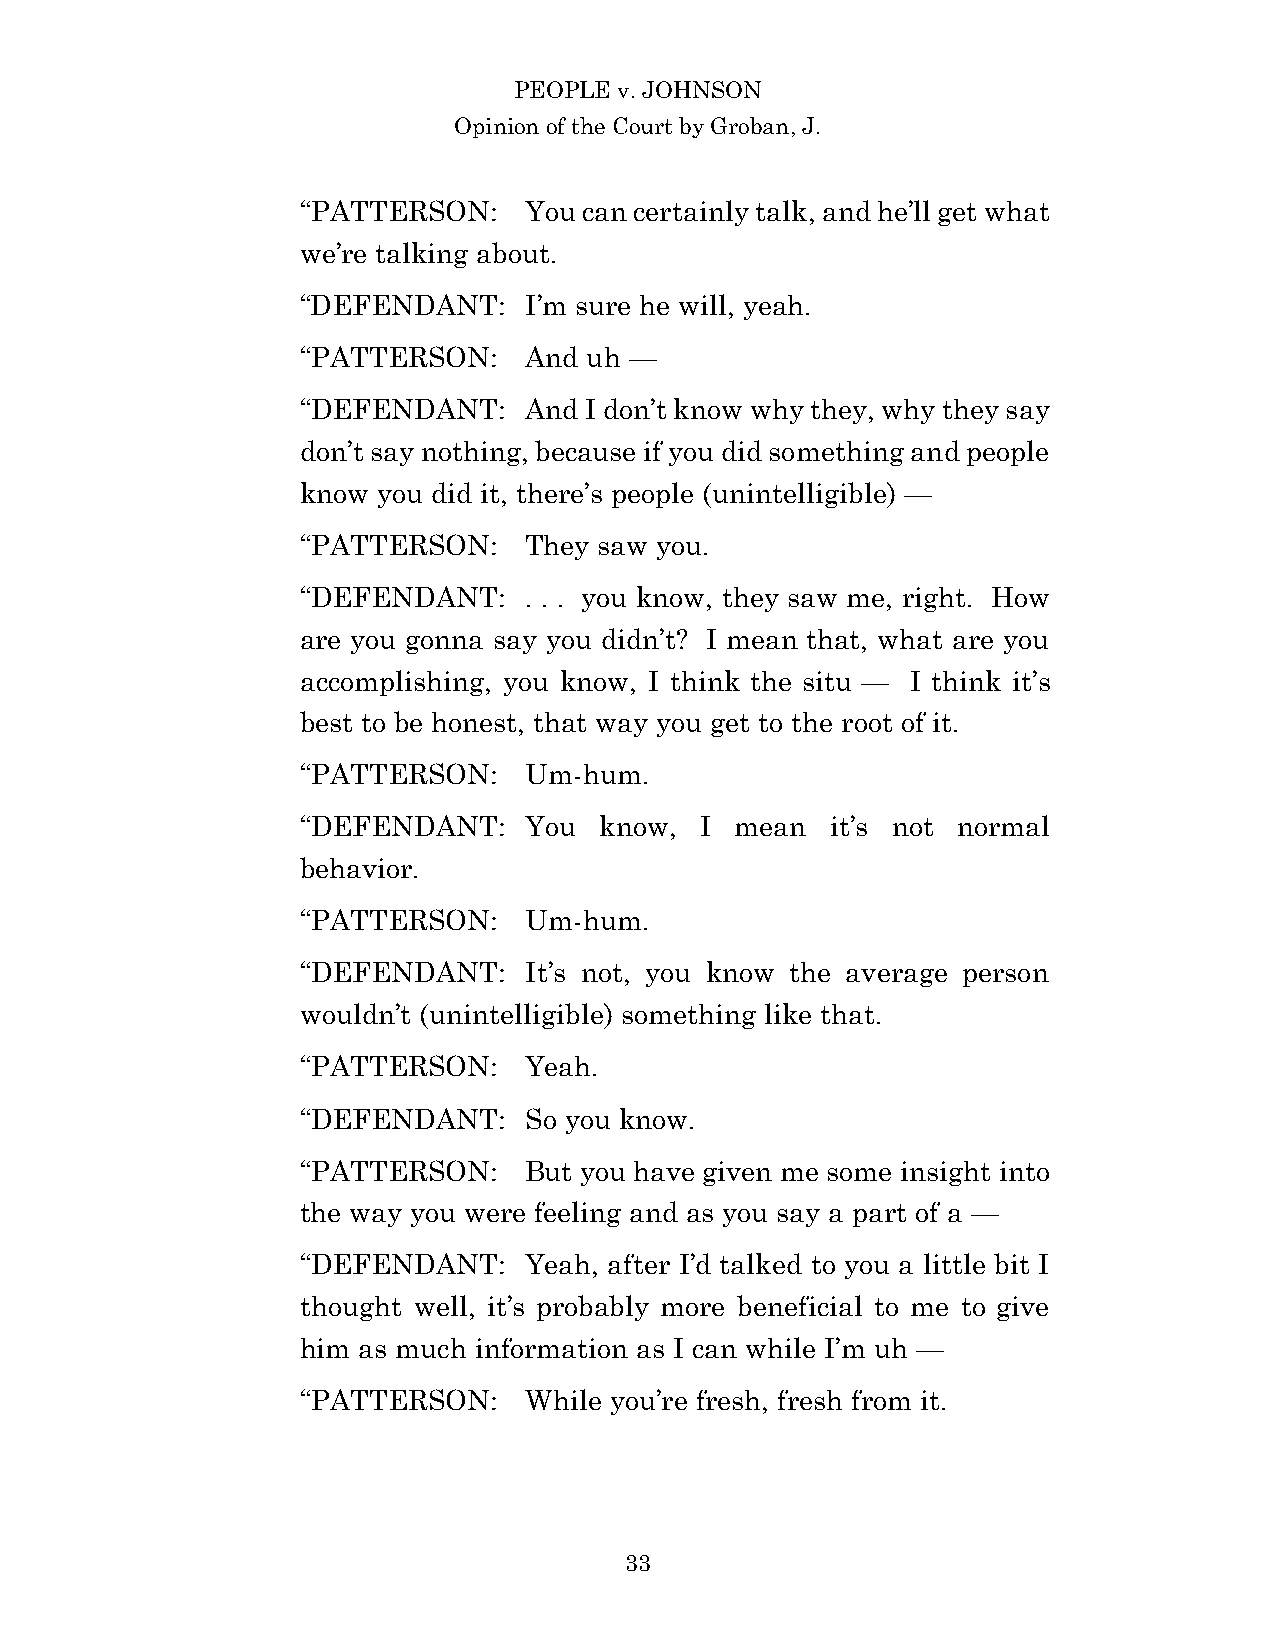
PEOPLE v. JOHNSON
 Opinion of the Court by Groban, J.
 “PATTERSON:    You can certainly talk, and he’ll get what
 we’re talking about.
 “DEFENDANT:    I’m sure he will, yeah.
 “PATTERSON:    And uh —
 “DEFENDANT:    And I don’t know why they, why they say
 don’t say nothing, because if you did something and people
 know you did it, there’s people (unintelligible) —
 “PATTERSON:    They saw you.
 “DEFENDANT:    . . . you know, they saw me, right. How
 are you gonna say you didn’t? I mean that, what are you
 accomplishing, you know, I think the situ — I think it’s
 best to be honest, that way you get to the root of it.
 “PATTERSON:    Um-hum.
 “DEFENDANT:    You  know, I  mean  it’s not normal
 behavior.
 “PATTERSON:    Um-hum.
 “DEFENDANT:    It’s not, you know the average person
 wouldn’t (unintelligible) something like that.
 “PATTERSON:    Yeah.
 “DEFENDANT:    So you know.
 “PATTERSON:    But you have given me some insight into
 the way you were feeling and as you say a part of a —
 “DEFENDANT:    Yeah, after I’d talked to you a little bit I
 thought well, it’s probably more beneficial to me to give
 him as much information as I can while I’m uh —
 “PATTERSON:    While you’re fresh, fresh from it.
 3 3